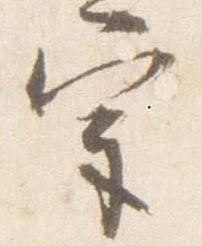
宗